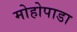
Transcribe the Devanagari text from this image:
मोहोपाडा